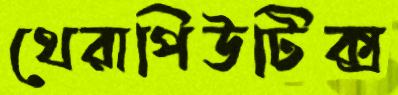
থেরাপিউটিক্স